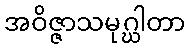
အဝိဇ္ဇာသမုဂ္ဃါတာ